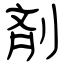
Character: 剤